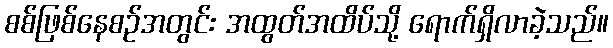
စစ်ဖြစ်နေစဉ်အတွင်း အထွတ်အထိပ်သို့ ရောက်ရှိလာခဲ့သည်။